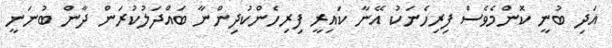
އަދި ބުނީ ކޮންމެވެސް ފިރިހެނަކު އޭނާ ކައިރީ ފިިރިހެންކުދިންނާ ބައްދަލުކުރަން ދާން ބުނަނީ